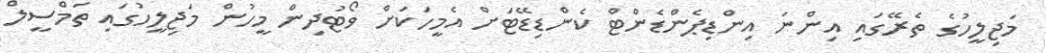
މަޖިލީހުގެ ތެރޭގައި އިންނަ އިންޑިޕެންޑެންޓް ކެންޑިޑޭޓަށް އެމީހަކަށް ވޯޓުދިން މީހުން މަޖިލީހުގައި ތަމްސީލް